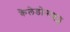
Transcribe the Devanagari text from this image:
कैलेडोनाइड्स